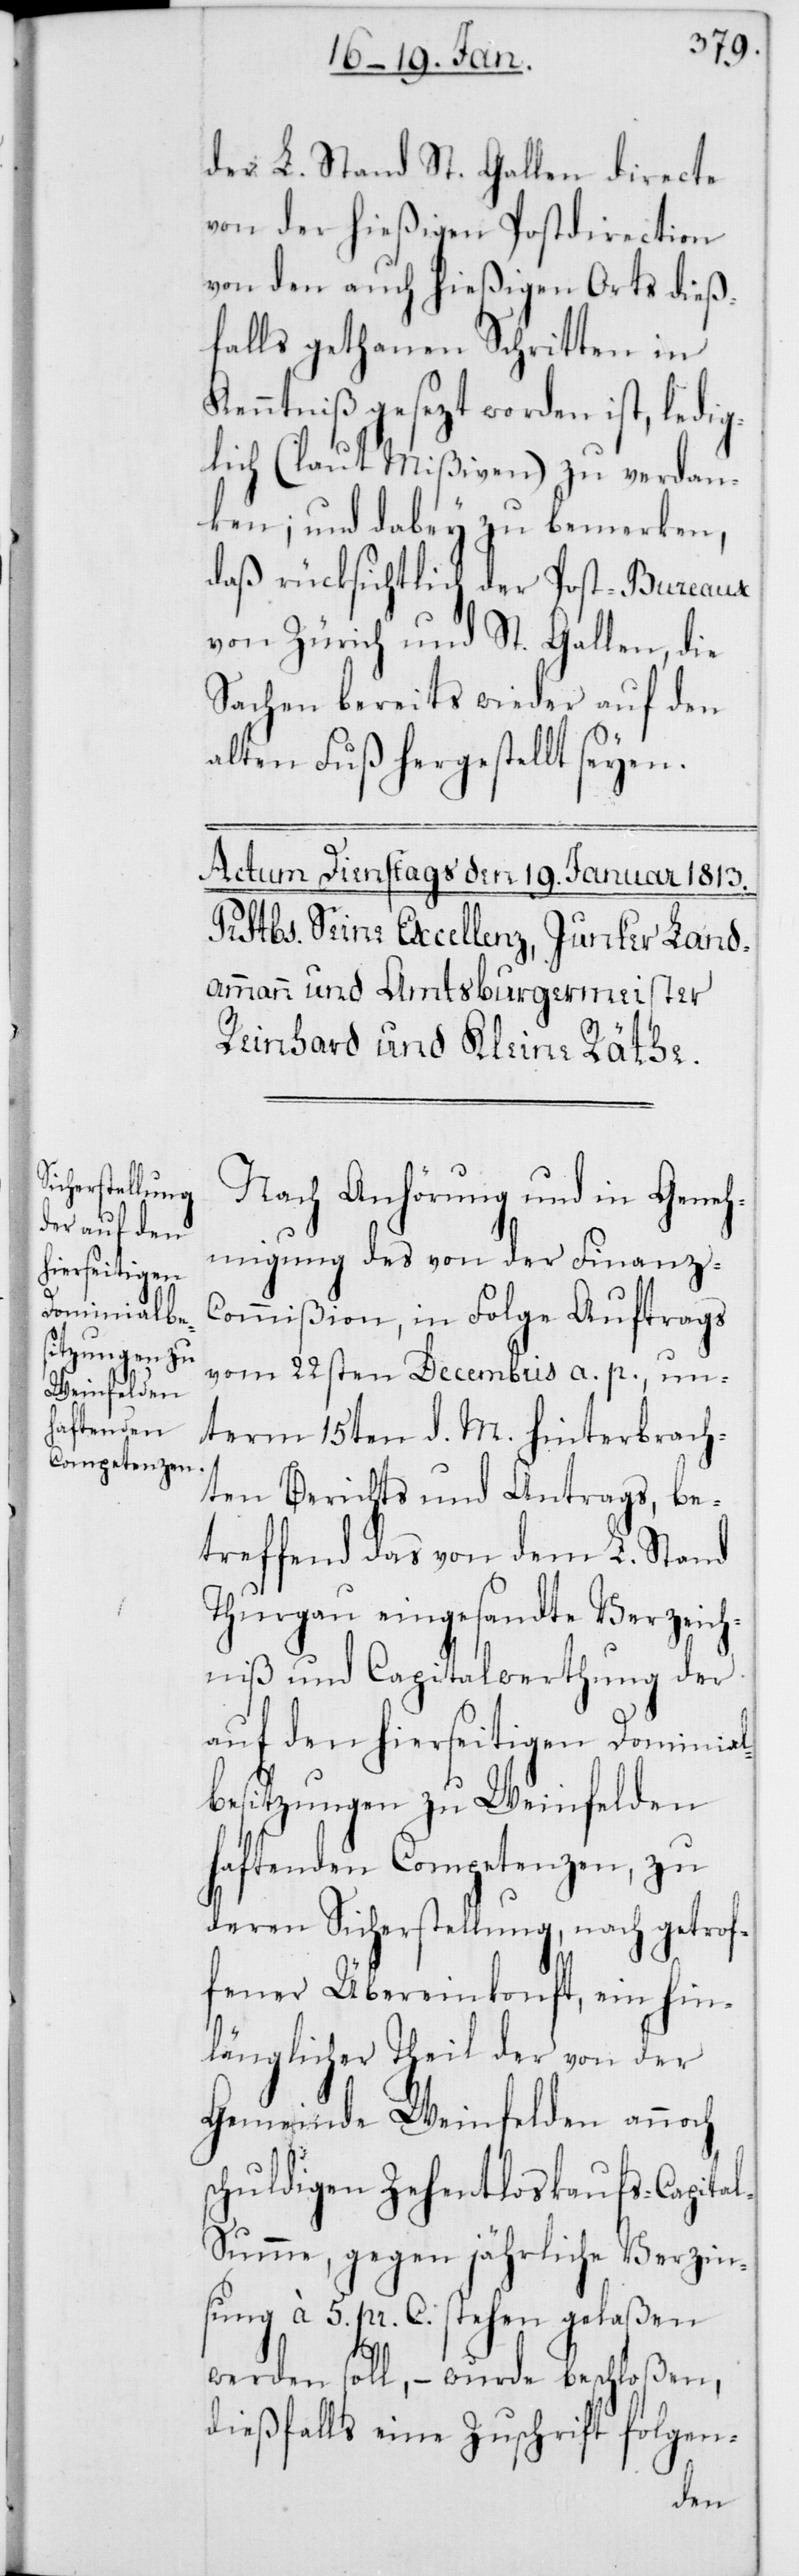
der L. Stand St. Gallen directe
von der hießigen Postdirection
von den auch hießigen Orts dieß¬
falls gethanen Schritten in
Kenntniß gesezt worden ist, ledi¬
glich (laut Mißiven) zu verdan¬
ken; und dabey zu bemerken,
daß rücksichtlich der Post-Bureaux
von Zürich und St. Gallen, die
Sachen bereits wieder auf den
alten Fuß hergestellt seyen.
Nach Anhörung und in Geneh¬
migung des von der Finanz-C¬
ommißion, in Folge Auftrags
vom 22sten Decembris a. p. un¬
term 15ten d. M. hinterbrach¬
ten Berichts und Antrags, be¬
treffend das von dem L. Stand
Thurgau eingesandte Verzeich¬
niß und Capitalwerthung der
auf den hierseitigen Dominial¬
besitzungen zu Weinfelden
haftenden Competenzen, zu
deren Sicherstellung, nach getrof¬
fener Übereinkonft, ein hin¬
länglicher Theil der von der
Gemeinde Weinfelden annoch
schuldigen Zehentloskaufs-Capita¬
l-Summe, gegen jährliche Verzin¬
sung à 5. Pr. C. stehen gelaßen
werden soll, – wurde beschloßen,
dießfalls eine Zuschrift folgen-